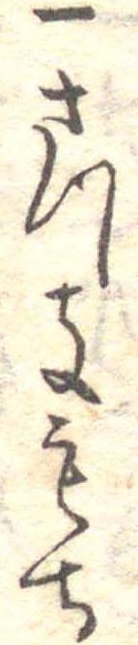
一さつきもち